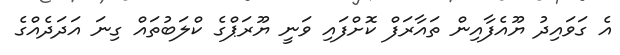
އެ ގަވައިދު ޔޫއެފާއިން ތައާރަފް ކޮށްފައި ވަނީ ޔޫރަޕްގެ ކްލަބުތައް ގިނަ އަދަދެއްގެ